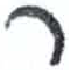
אות: ר